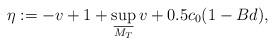
LaTeX: \begin{align*}\eta := -v + 1 + \sup_{\overline{M_T}} v + 0.5 c_0(1 - Bd),\end{align*}